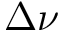
\Delta \nu